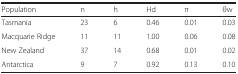
<table><thead><tr><td><b>Population</b></td><td><b>n</b></td><td><b>h</b></td><td><b>Hd</b></td><td><b>π</b></td><td><b>θw</b></td></tr></thead><tbody><tr><td>Tasmania</td><td>23</td><td>6</td><td>0.46</td><td>0.01</td><td>0.03</td></tr><tr><td>Macquarie Ridge</td><td>11</td><td>11</td><td>1.00</td><td>0.06</td><td>0.08</td></tr><tr><td>New Zealand</td><td>37</td><td>14</td><td>0.68</td><td>0.01</td><td>0.02</td></tr><tr><td>Antarctica</td><td>9</td><td>7</td><td>0.92</td><td>0.13</td><td>0.10</td></tr></tbody></table>